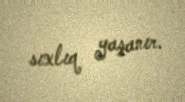
sıxlıq yaşanır.